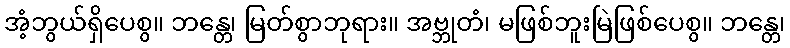
အံ့ဘွယ်ရှိပေစွ။ ဘန္တေ၊ မြတ်စွာဘုရား။ အဗ္ဘုတံ၊ မဖြစ်ဘူးမြဲဖြစ်ပေစွ။ ဘန္တေ၊